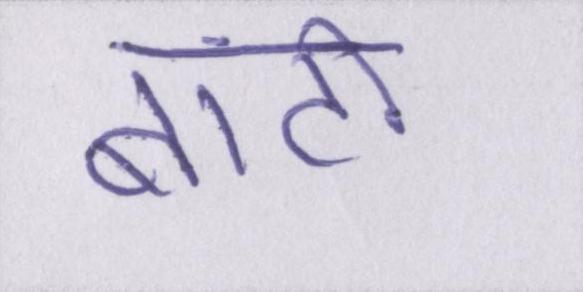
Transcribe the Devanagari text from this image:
बांटो